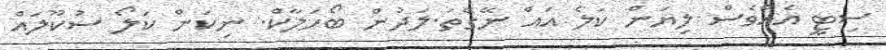
ސިޓީ އެއްވެސް ލިޔަން ކަލެ އައް ނޭގޭތަ.ލަދުން ބޯހަލާކް. ނިކަން ކަލޯ ސުކޫލައް